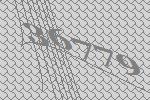
36779